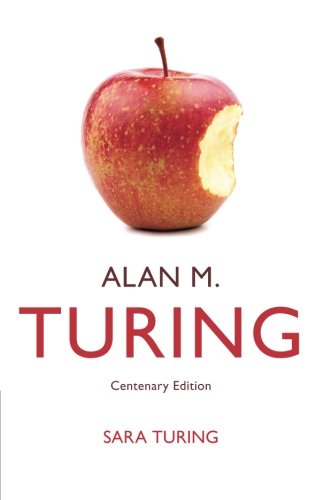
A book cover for Alan M. Turing: Centenary Edition; Sara Turing; Computers & Technology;